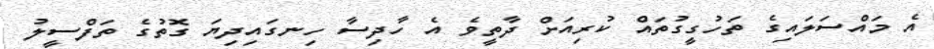
އެ މައްސަލައިގެ ތަހުގީގުތައް ކުރިއަށް ދާތީވެ އެ ހާދިސާ ހިނގައިދިޔަ ގޮތުގެ ތަފްސީލު